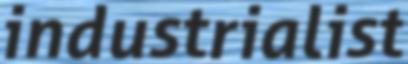
industrialist